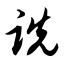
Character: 诜